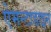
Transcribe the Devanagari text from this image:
ऐमन्टाडाइन